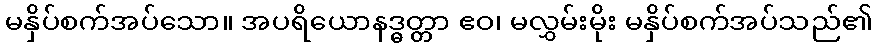
မနှိပ်စက်အပ်သော။ အပရိယောနဒ္ဓတ္တာ ဧဝ၊ မလွှမ်းမိုး မနှိပ်စက်အပ်သည်၏